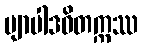
ဗျာပါဒဝိတက္ကဿ